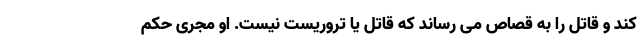
کند و قاتل را به قصاص می رساند که قاتل یا تروریست نیست. او مجری حکم